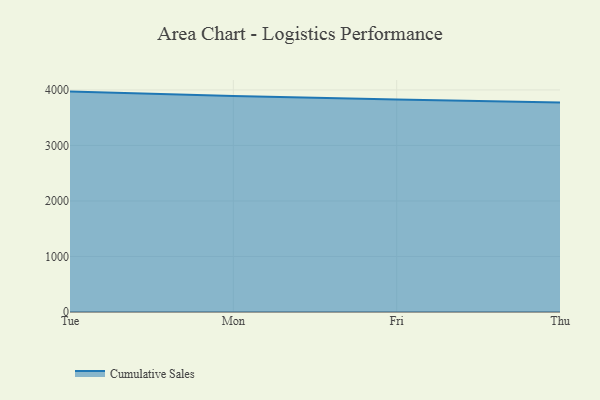
{"axis": {"x": "Day", "y": "Temperature (°C)"}, "legend": ["Cumulative Sales"], "data": [{"x": "Tue", "y": 3969.9, "type": "Cumulative Sales"}, {"x": "Mon", "y": 3888.8, "type": "Cumulative Sales"}, {"x": "Fri", "y": 3829.5, "type": "Cumulative Sales"}, {"x": "Thu", "y": 3772.1, "type": "Cumulative Sales"}]}